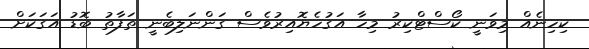
ކިހިނެއް މިވަނީ ކޯސްޓްކިރު މިހާ އަގުހެޔޮއިރުވެސް ގަންނަލިބެނީ ތަފާތު ބޮޑު އަގަކަށް